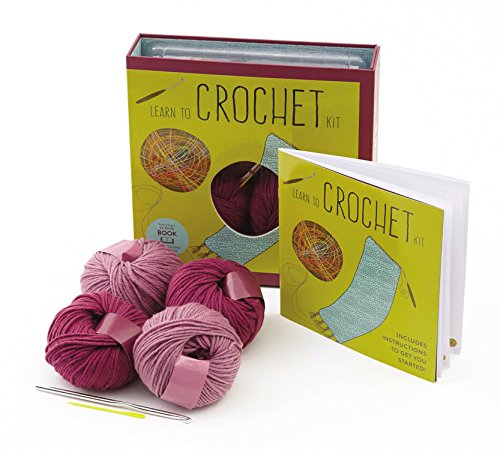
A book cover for Learn to Crochet Kit: Creative Craft Kit, Includes Hook and Yarn for Practice and for Making Your First Scarf (First Time); Deborah Burger; Crafts, Hobbies & Home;